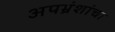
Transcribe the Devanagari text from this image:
अपभ्रंशांचा